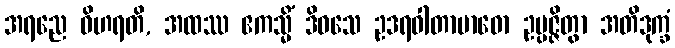
အရညေ ဝိဟရတိ, အထဿ ဧကသ္မိံ ဒိဝသေ ဥဒရဝါတာဗာဓော ဥပ္ပဇ္ဇိတွာ အတိဒုက္ခံ